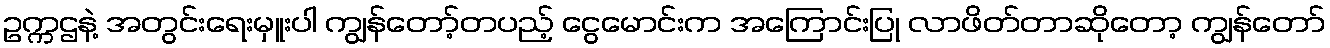
ဥက္ကဌနဲ့ အတွင်းရေးမှူးပါ ကျွန်တော့်တပည့် ငွေမောင်းက အကြောင်းပြု လာဖိတ်တာဆိုတော့ ကျွန်တော်